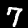
Label: 7